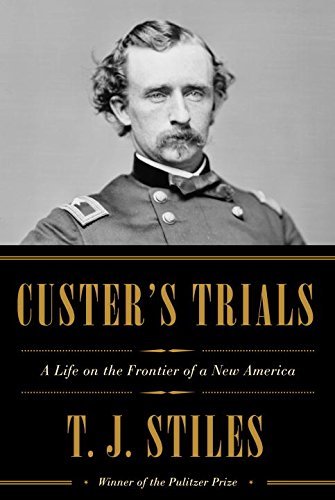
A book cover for Custer's Trials: A Life on the Frontier of a New America; T.J. Stiles; Biographies & Memoirs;